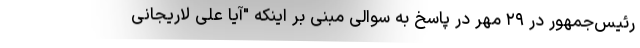
رئیس‌جمهور در ۲۹ مهر در پاسخ به سوالی مبنی بر اینکه "آیا علی لاریجانی